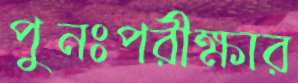
পুনঃপরীক্ষার